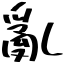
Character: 亂